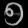
Digit: ၅